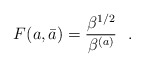
\begin{align*}F(a,\bar a)={\beta^{1/2}\over \beta^{(a)}}\ \ .\end{align*}